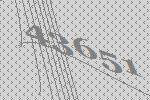
43651